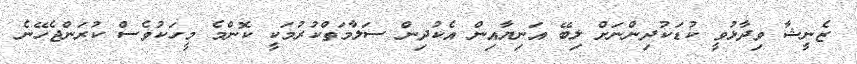
ޒެނީޝާ ވިދާޅުވީ ކުޑަކުދިންނަށް ލިބޭ އަނިޔާއިން އެކުދިން ސަލާމަތްކުރުމަކީ ކޮންމެ މީހަކުވެސް ކުރަންޖެހޭނެ